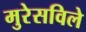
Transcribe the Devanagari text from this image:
मुरेसविले